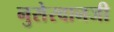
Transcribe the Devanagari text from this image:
नुसेरवानजी